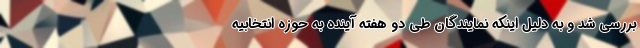
بررسی شد و به دلیل اینکه نمایندگان طی دو هفته آینده به حوزه انتخابیه